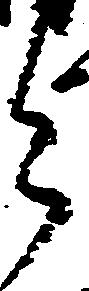
与